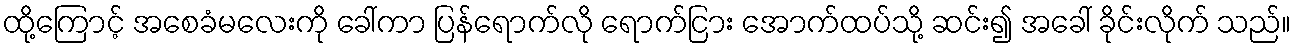
ထို့ကြောင့် အစေခံမလေးကို ခေါ်ကာ ပြန်ရောက်လို ရောက်ငြား အောက်ထပ်သို့ ဆင်း၍ အခေါ် ခိုင်းလိုက် သည်။